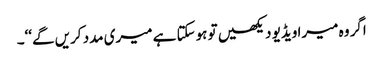
اگر وہ میرا ویڈیو دیکھیں تو ہوسکتا ہے میری مدد کریں گے‘‘۔